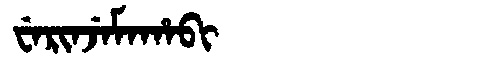
Manchu: ᠸᡝᡵᡳᠨᠵᡝᠮᠠᡥᠠᠪᡳ
Romanization: WERINJEMAHABI